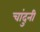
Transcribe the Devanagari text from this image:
चांदुनी